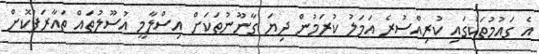
އެ ގައުމުތަކުގައި ކުރިއްސުރެ އަމަލު ކުރަމުން ދިޔަ ގާނޫނުތަކަށް އިސްލާމީ އުސޫލުތައް ތައާރަފުކޮށް